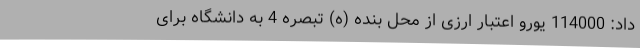
داد: 114000 یورو اعتبار ارزی از محل بنده (ه) تبصره 4 به دانشگاه برای